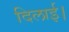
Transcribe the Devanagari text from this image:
दिलाई।